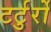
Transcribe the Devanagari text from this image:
टर्टुर्रो